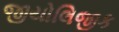
જીયોલિજીક